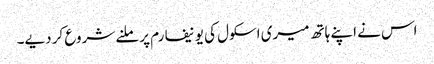
اس نے اپنے ہاتھ میری اسکول کی یونیفارم پر ملنے شروع کر دیے۔